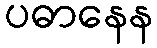
ပဓာနေန